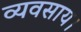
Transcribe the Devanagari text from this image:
व्यवसाय।